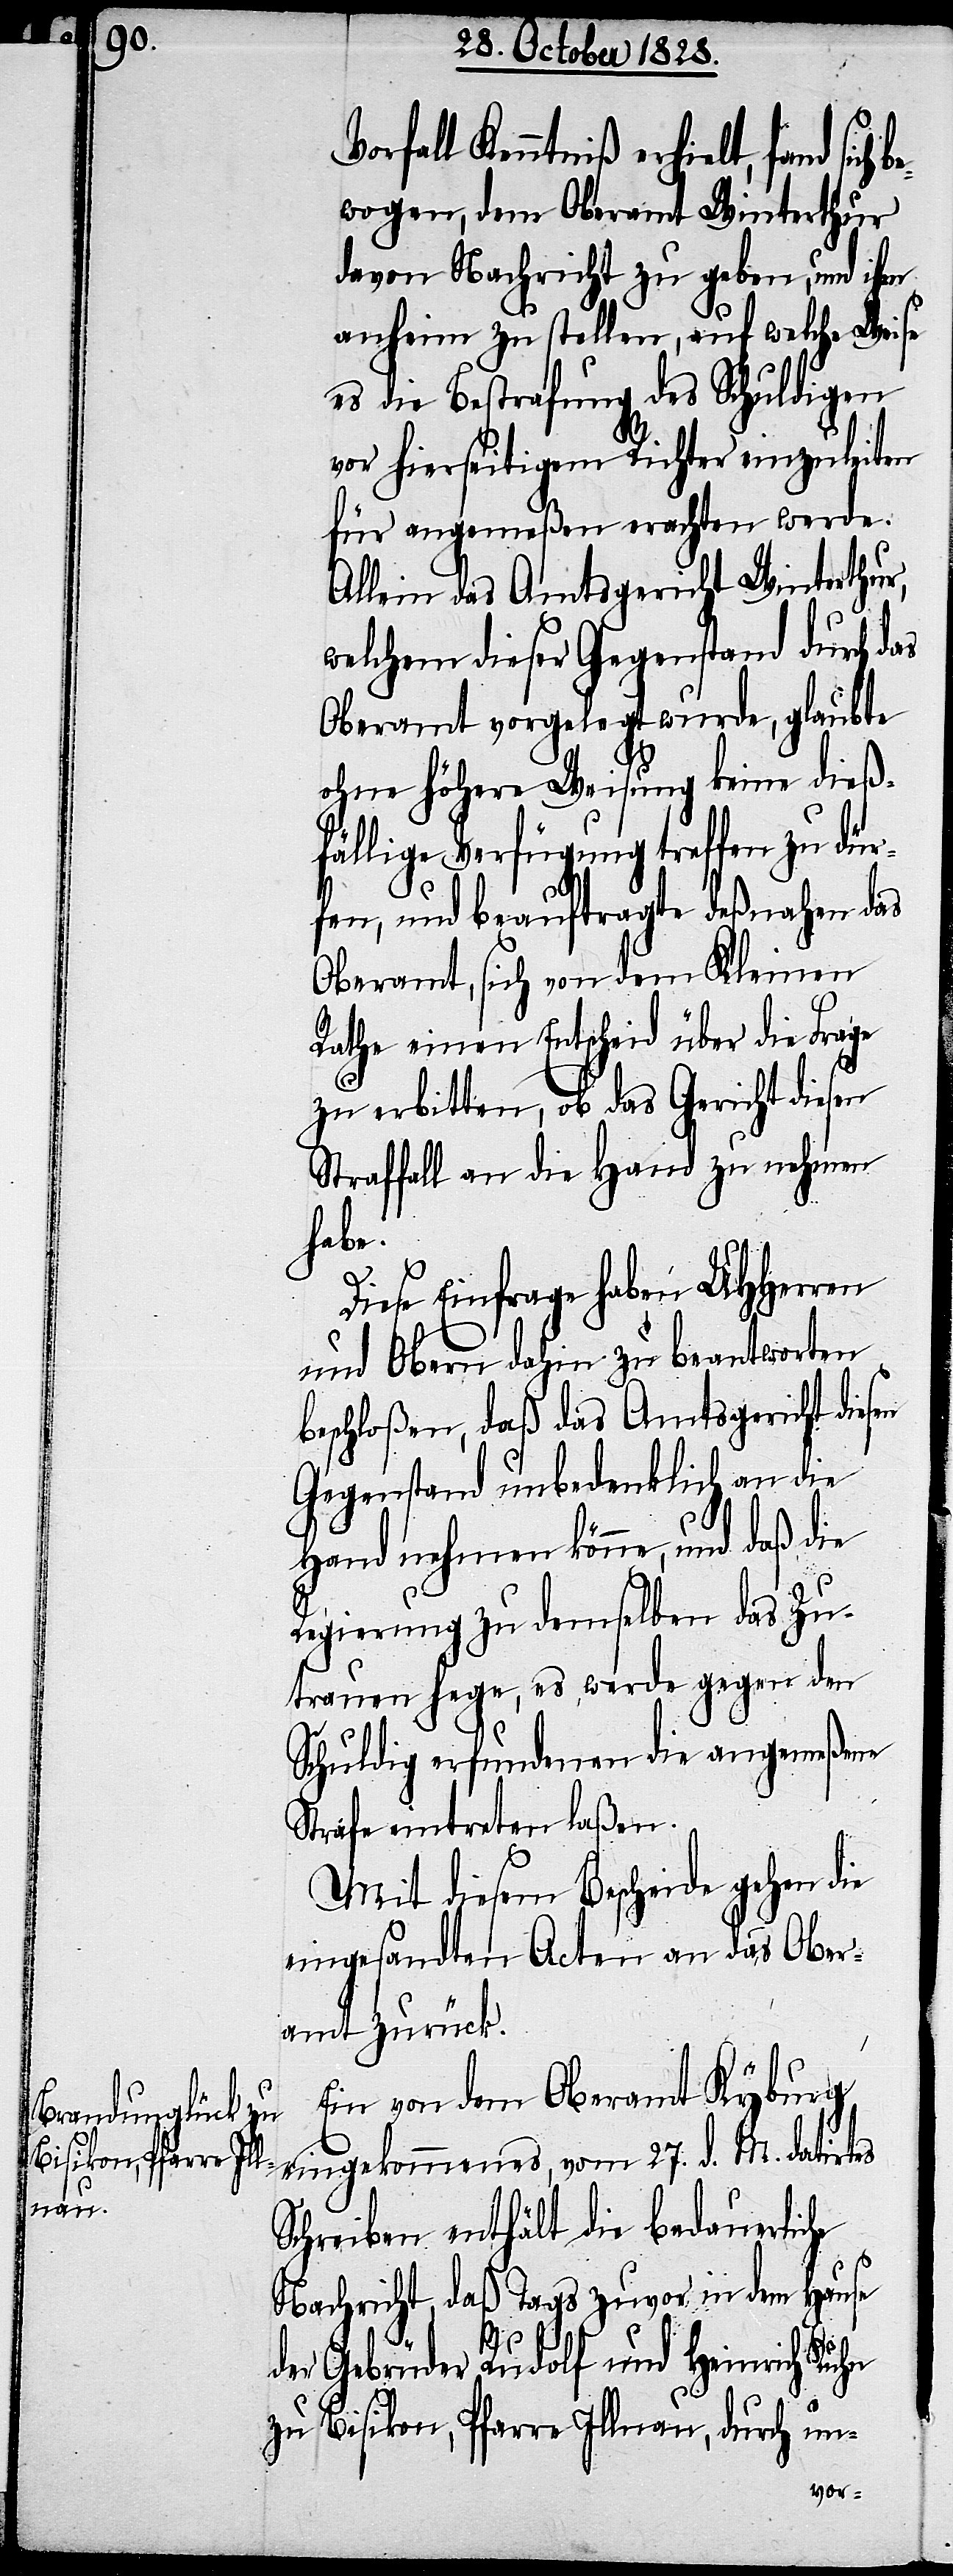
be¬

fall Kenntniß erhielt, fand sich
wogen, dem Oberamt Winterthur
davon Nachricht zu geben, und ihm
anheim zu stellen, auf welche Weise
es die Bestrafung des Schuldigen
vor hierseitigem Richter einzuleiten
für angemeßen erachten werde.
Allein das Amtsgericht Winterthur,
welchem dieser Gegenstand durch das
Oberamt vorgelegt wurde, glaubte
ohne höhere Weisung keine dieß¬
fällige Verfügung treffen zu dür¬
fen, und beauftragte deßnahen das
Oberamt, sich von dem Kleinen
Rathe einen Entscheid über die Frage
zu erbitten, ob das Gericht diesen
Straffall an die Hand zu nehmen
habe.
Diese Einfrage haben UHHerren
und Obern dahin zu beantworten
beschloßen, daß das Amtsgericht diesen
Gegenstand unbedenklich an die
Hand nehmen könne, und daß die
Regierung zu demselben das Zu¬
trauen hege, es werde gegen den
Schuldig erfundenen die angemeßene
Strafe eintreten laßen.
Mit diesem Bescheide gehen die
eingesandten Acten an das Ober¬
amt zurück.
Ein von dem Oberamt Kyburg
eingekommenes, vom 27. d. M. datirtes
Schreiben enthält die bedauerliche
Nachricht, daß Tags zuvor in dem Hause
der Gebrüder Rudolf und Heinrich Kuhn
zu Bisikon, Pfarre Illnau, durch un-
Vor¬